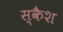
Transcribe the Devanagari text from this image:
स्कैश